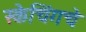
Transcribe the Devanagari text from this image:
स्केचिंगचे